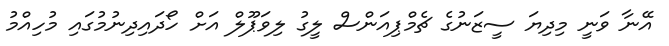
އޭނާ ވަނީ މިދިޔަ ސީޒަނުގެ ޗެމްޕިއަންސް ލީގު ލިވަޕޫލް އަށް ހޯދައިދިނުމުގައި މުހިއްމު